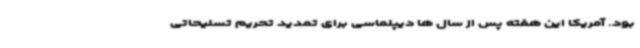
بود. آمریکا این هفته پس از سال ها دیپلماسی برای تمدید تحریم تسلیحاتی